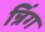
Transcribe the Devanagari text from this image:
न्रिंग